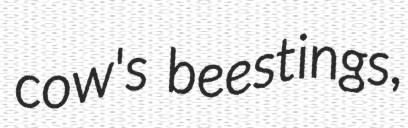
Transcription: cow's beestings,